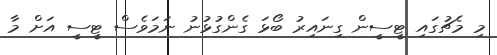
މި މެޗުގައި ޓީސީން ގިނައިރު ބޯޅަ ގެންގުޅުނު ނަމަވެސް ޓީސީ އަށް މާ